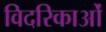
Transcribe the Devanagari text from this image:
विदरिकाओं